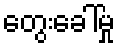
တွေးခေါ်မှု